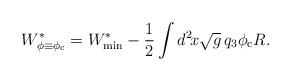
LaTeX: \begin{align*}W^*_{\phi \equiv \phi_{\rm c}} = W^*_{\rm min} - \frac{1}{2} \int d^2\!x \sqrt{g}\, q_3 \phi_{\rm c} R.\end{align*}